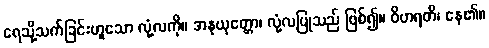
ရေသို့သက်ခြင်းဟူသော လုံ့လကို။ အနုယုတ္တော၊ လုံ့လပြုသည် ဖြစ်၍။ ဝိဟရတိ၊ နေ၏။